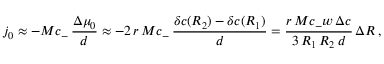
j _ { 0 } \approx - M c _ { - } \, \frac { \Delta \mu _ { 0 } } { d } \approx - 2 \, r \, M c _ { - } \, \frac { \delta c ( R _ { 2 } ) - \delta c ( R _ { 1 } ) } { d } = \frac { r \, M c _ { - } w \, \Delta c } { 3 \, R _ { 1 } \, R _ { 2 } \, d } \, \Delta R \, ,